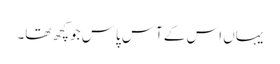
یہاں اس کے آس پاس جو کچھ تھا۔